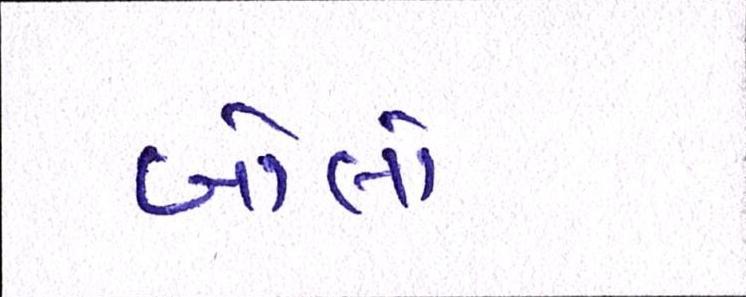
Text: બોલો